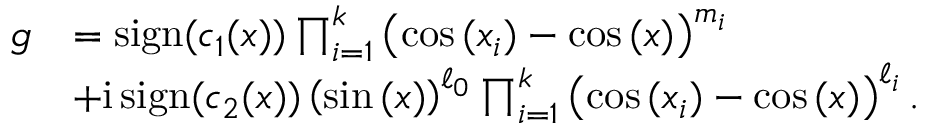
\begin{array} { r l } { g } & { = \operatorname { s i g n } ( c _ { 1 } ( x ) ) \prod _ { i = 1 } ^ { k } \left( \cos { ( x _ { i } ) } - \cos { ( x ) } \right) ^ { m _ { i } } } \\ & { + \mathrm { i } \operatorname { s i g n } ( c _ { 2 } ( x ) ) \left( \sin { ( x ) } \right) ^ { \ell _ { 0 } } \prod _ { i = 1 } ^ { k } \left( \cos { ( x _ { i } ) } - \cos { ( x ) } \right) ^ { \ell _ { i } } . } \end{array}